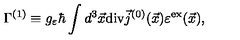
\Gamma ^ { ( 1 ) } \equiv g _ { \varepsilon } \hbar \int d ^ { 3 } \vec { x } \mathrm { d i v } \vec { j } ^ { ( 0 ) } ( \vec { x } ) \varepsilon ^ { \mathrm { e x } } ( \vec { x } ) ,